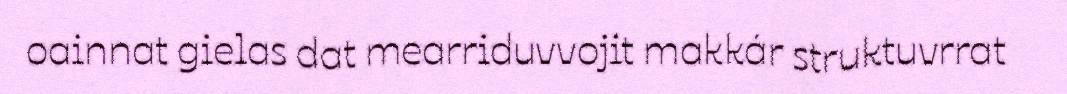
oainnat gielas dat mearriduvvojit makkár struktuvrrat